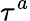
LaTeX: \tau^{a}